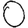
Digit: 0